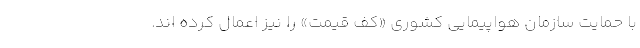
با حمایت سازمان هواپیمایی کشوری «کف قیمت» را نیز اعمال کرده اند.